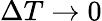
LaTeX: \Delta T\to 0